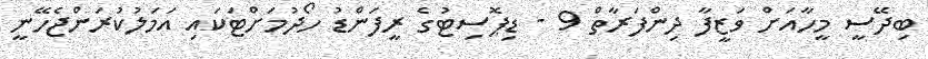
ބިދޭސީ މީހާއަށް ވަޒީފާ ދިންފަރާތް 9 - ޑިޕޮސިޓުގެ ރީފަންޑު ހޯދުމަށްޓަކައި އަމަލުކުރަންޖެހޭނީ